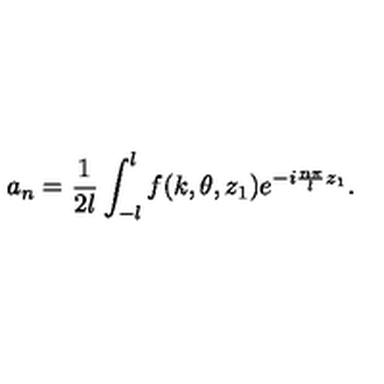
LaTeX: a _ { n } = \frac { 1 } { 2 l } \int _ { - l } ^ { l } f ( k , \theta , z _ { 1 } ) e ^ { - i \frac { n \pi } { l } z _ { 1 } } .